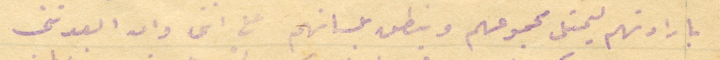
بارادتهم ليمثل مجموعهم وينطق بلسانهم مع انني وان ابعدتنى